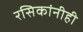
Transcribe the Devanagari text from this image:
रसिकांनीही